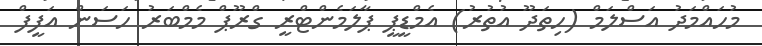
މުހައްމަދު އަސްލަމް (ހިތަދޫ އުތުރު) އެމްޑީޕީ ޕާލަމެންޓްރީ ގްރޫޕް މެމްބަރު ހަސަން އަފީފް